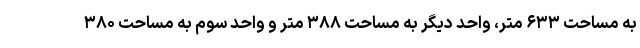
به مساحت ۶۳۳ متر، واحد دیگر به مساحت ۳۸۸ متر و واحد سوم به مساحت ۳۸۰